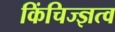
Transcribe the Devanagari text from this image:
किंचिज्ज्ञत्व